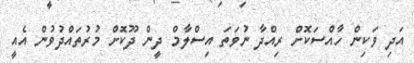
އަދި ވަކިން ހާއްސަކޮށް ރިއްދާ ނުވަތަ އިސްލާމް ދީން ދޫކޮށް މުރުތައްދުވުން އެއީ